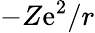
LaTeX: -Z\mathrm{e}^{2}/r